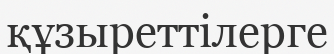
құзыреттілерге